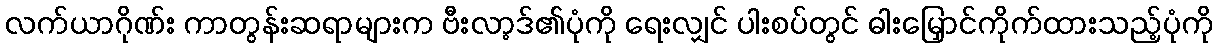
လက်ယာဂိုဏ်း ကာတွန်းဆရာများက ဗီးလာ့ဒ်၏ပုံကို ရေးလျှင် ပါးစပ်တွင် ဓါးမြှောင်ကိုက်ထားသည့်ပုံကို